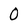
Character: 0